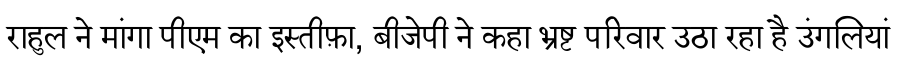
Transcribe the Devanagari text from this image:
राहुल ने मांगा पीएम का इस्तीफ़ा, बीजेपी ने कहा भ्रष्ट परिवार उठा रहा है उंगलियां